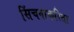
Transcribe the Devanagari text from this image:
सिंचनाकरिता